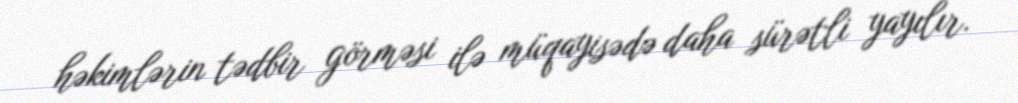
həkimlərin tədbir görməsi ilə müqayisədə daha sürətli yayılır.